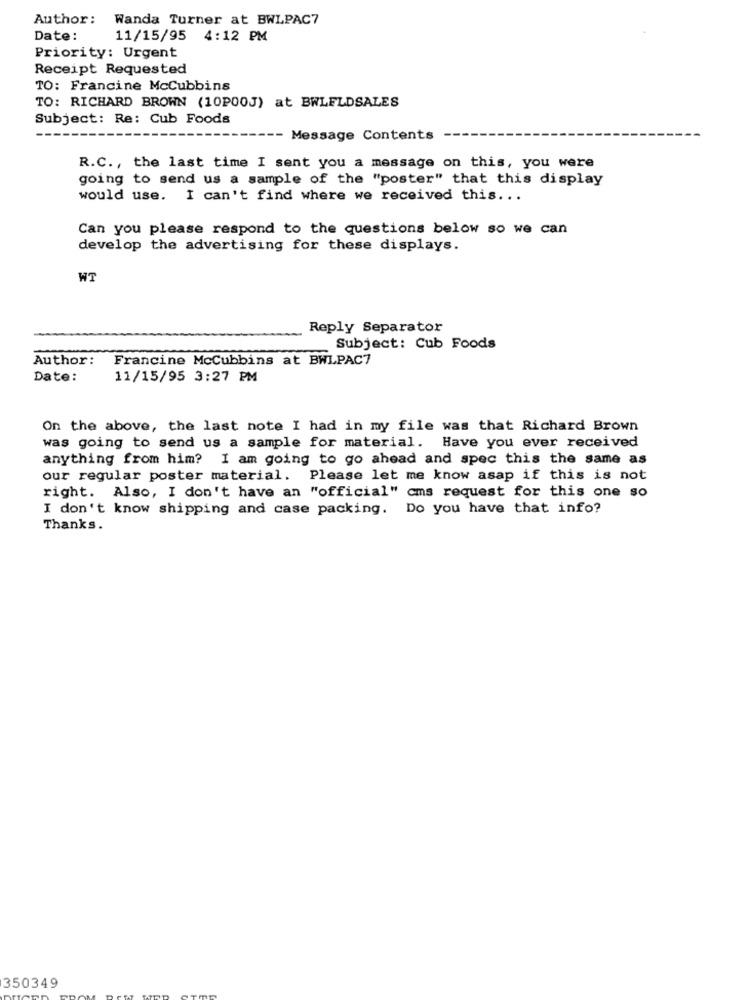
Author: Wanda Turner at BWLPAC7
Date:
11/15/95 4:12 PM
Priority: Urgent
Receipt Requested
TO: Francine McCubbins
TO: RICHARD BROWN (10P00J) at BWLFLDSALES
Subject: Re: Cub Foods
Message Contents
R.C ., the last time I sent you a message on this, you were
going to send us a sample of the "poster" that this display
would use. I can't find where we received this ...
Can you please respond to the questions below so we can
develop the advertising for these displays.
WT
Reply Separator
Subject: Cub Foods
Author:
Francine McCubbins at BWLPAC7
Date:
11/15/95 3:27 PM
On the above, the last note I had in my file was that Richard Brown
was going to send us a sample for material. Have you ever received
anything from him? I am going to go ahead and spec this the same as
our regular poster material. Please let me know asap if this is not
right. Also, I don't have an "official" cms request for this one so
I don't know shipping and case packing. Do you have that info?
Thanks.
350349